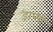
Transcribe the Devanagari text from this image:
ड्राप्सी